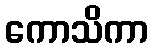
ကောသိကာ